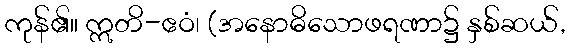
ကုန်၏။ ဣတိ-ဧဝံ၊ (အနောဓိသောဖရဏာ၌ နှစ်ဆယ်,